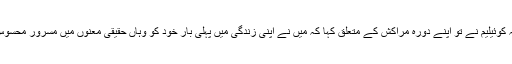
عبداللہ کوئیلیم نے تو اپنے دورہ مراکش کے متعلق کہا کہ میں نے اپنی زندگی میں پہلی بار خود کو وہاں حقیقی معنوں میں مسرور محسوس کیا۔